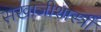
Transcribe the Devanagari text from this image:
सखाजीशास्त्री